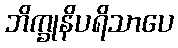
ဘိက္ခုနိပရိသာပေ